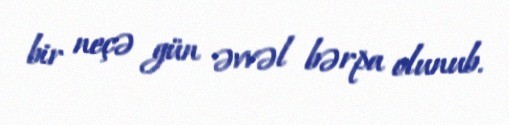
bir neçə gün əvvəl bərpa olunub.